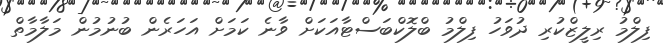
ފިލްމު ރިލީޒްކުރި ދުވަހު ފިލްމު ބްލޮކްބަސްޓާއަކަށް ވާނެ ކަމަށް އަހަރެން ބުނުމުން މަލާމާތް